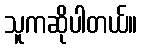
သူကဆိုပါတယ်။